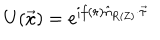
LaTeX: U ( \vec { x } ) = e ^ { \mathrm { i } f ( r ) \hat { n } _ { \mathrm { R ( Z ) } } \cdot \vec { \tau } }